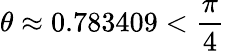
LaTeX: \theta\approx 0.783409<\frac{\pi}{4}